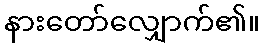
နားတော်လျှောက်၏။